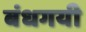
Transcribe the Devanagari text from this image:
बंधगयी